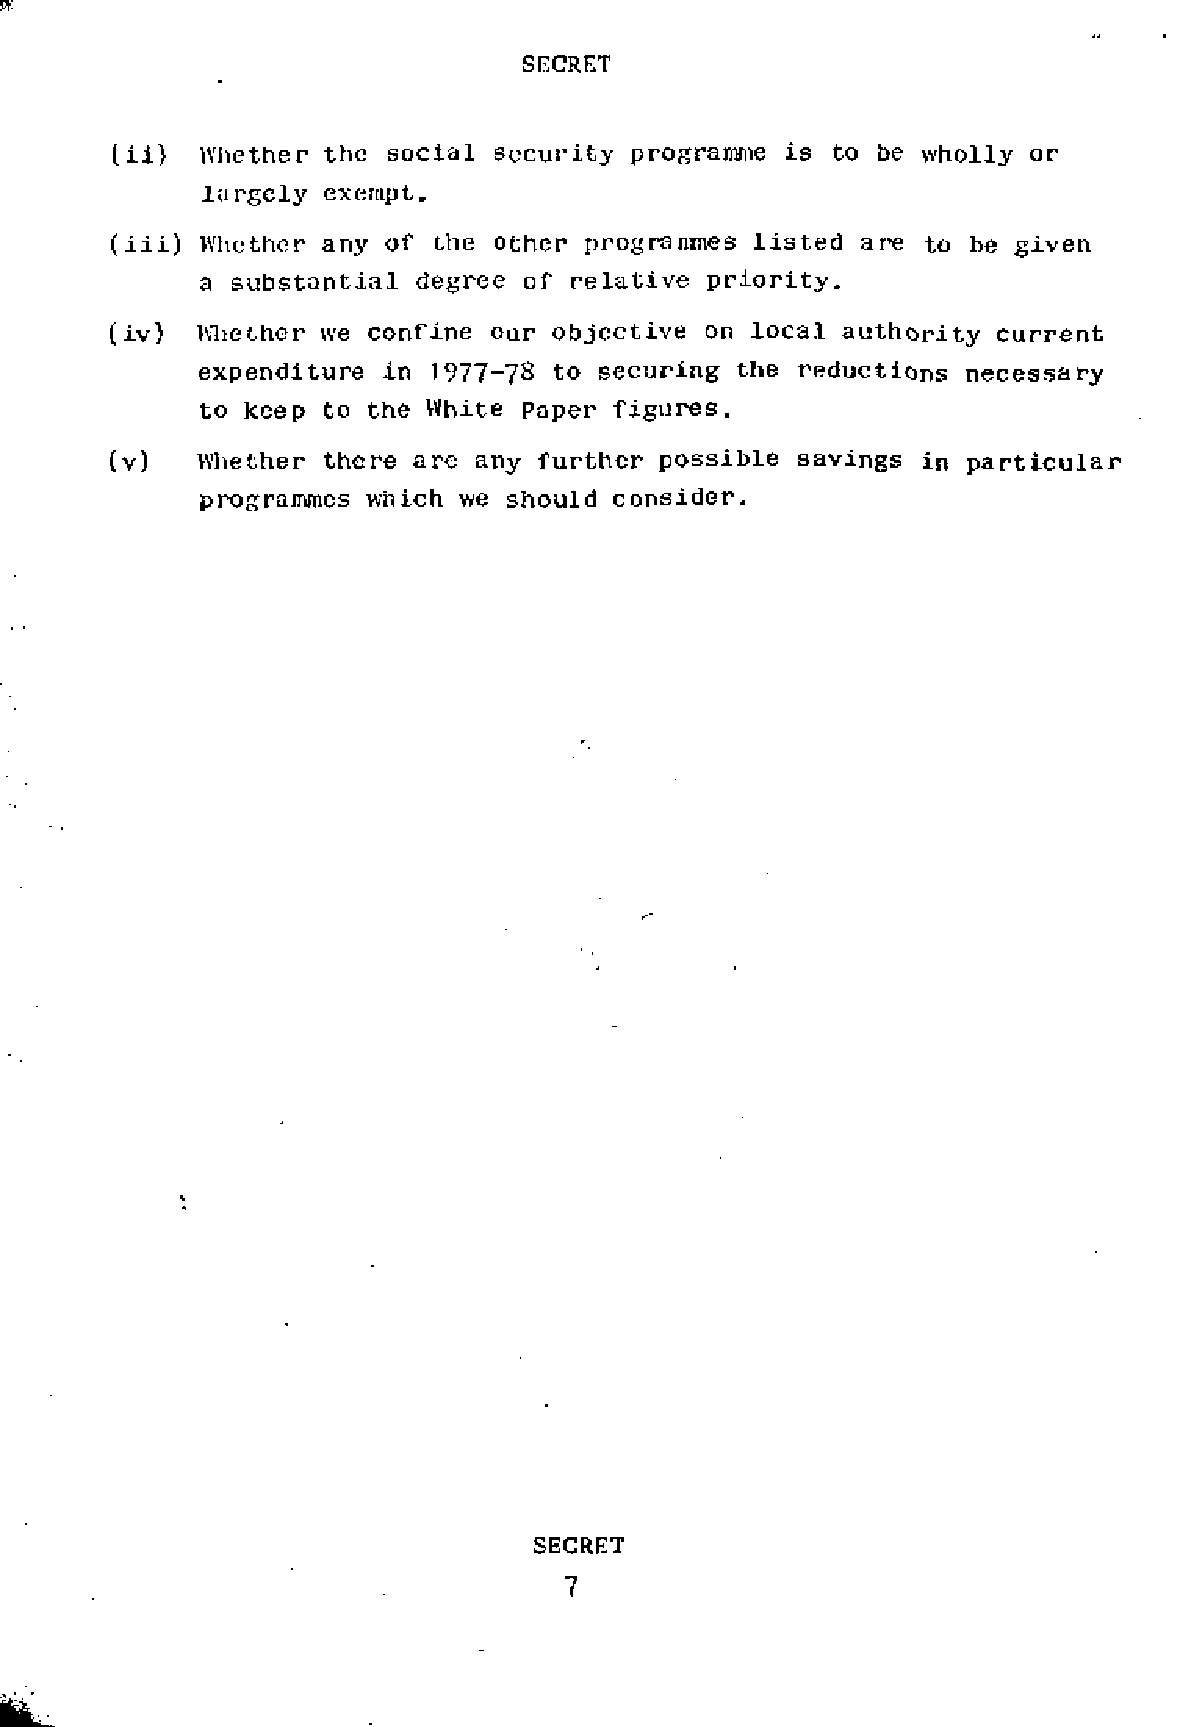
(ii)  Whether the  social security programme is to be wholly or
 largely  exempt.
 (iii) Whether any of the  other programmes listed are to be given
 a substantial degree  of relative priority.
 (iv)  Whether we confine our objective  on local authority current
 expenditure in 1977-78 to  securing the reductions necessary
 to keep to the White paper  figures.
 (v)   Whether there are any  further possible savings in particular
 programmes which we  should consider.